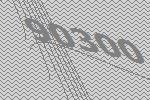
90300